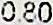
0.80